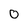
Character: 0